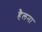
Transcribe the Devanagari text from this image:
हैलना